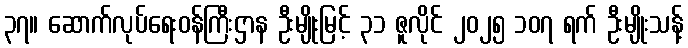
၃၇။ ဆောက်လုပ်ရေးဝန်ကြီးဌာန ဦးမျိုးမြင့် ၃၁ ဇူလိုင် ၂၀၂၅ ၁၀၇ ရက် ဦးမျိုးသန့်